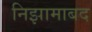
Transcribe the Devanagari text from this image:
निझामाबद